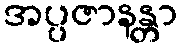
အပ္ပဇာနန္တာ